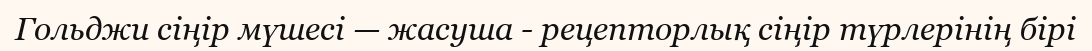
Гольджи сіңір мүшесі — жасуша - рецепторлық сіңір түрлерінің бірі